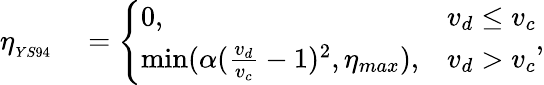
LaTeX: \begin{array}{rl}{\eta_{_{YS94}}}&{{}=\left\{ \begin{array}{ll}{0,}&{v_{d}\leq v_{c}}\\ {\operatorname*{min}(\alpha(\frac{v_{d}}{v_{c}}-1)^{2},\eta_{max}),}&{v_{d}>v_{c}}\end{array}\right.,}\end{array}